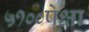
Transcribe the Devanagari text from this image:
५१००पेक्षा